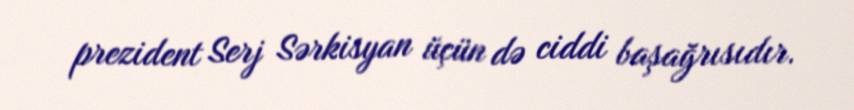
prezident Serj Sərkisyan üçün də ciddi başağrısıdır.